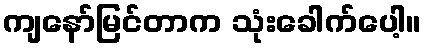
ကျနော်မြင်တာက သုံးခေါက်ပေါ့။